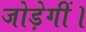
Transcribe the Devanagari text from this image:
जोड़ेगीं।